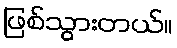
ဖြစ်သွားတယ်။